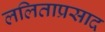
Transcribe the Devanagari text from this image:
ललिताप्रसाद